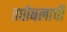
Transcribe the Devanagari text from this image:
तपोबलाची